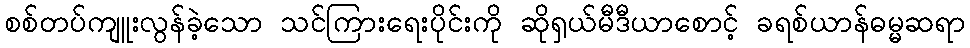
စစ်တပ်ကျူးလွန်ခဲ့သော သင်ကြားရေးပိုင်းကို ဆိုရှယ်မီဒီယာစောင့် ခရစ်ယာန်ဓမ္မဆရာ